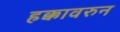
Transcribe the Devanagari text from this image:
हक्कावरुन